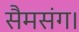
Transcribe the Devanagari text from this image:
सैमसंग।